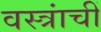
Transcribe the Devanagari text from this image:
वस्त्रांचीं